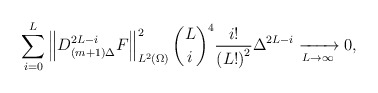
\begin{align*}\sum_{i=0}^{L}\left\| D_{(m+1)\Delta }^{2L-i}F\right\|_{L^2(\Omega)} ^{2} {\binom{L}{i}}^{4}\frac{i!}{\left( L!\right) ^{2}}\Delta ^{2L-i}\xrightarrow[L\rightarrow\infty]{}0,\end{align*}